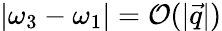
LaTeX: |\omega_{3}-\omega_{1}|=\mathcal{O}(|\vec{q}|)